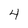
Character: 4